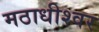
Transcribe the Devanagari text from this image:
मठाधीश्वर